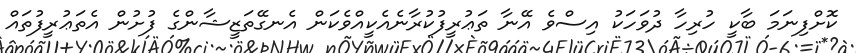
ކޮށްފިނަމަ ބާކީ ހުރިހާ ދުވަހަކު އިސްވެ އޭނާ ތަޢުރީފުކުރާނެއެކީއްވެކަން އެނގޭތަޒީޝާންގެ ފުށުން އެތަޢުރީފުތައް